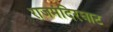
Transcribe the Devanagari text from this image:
राजमंदिरघाट